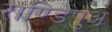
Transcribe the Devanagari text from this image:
राण्डिपुअ